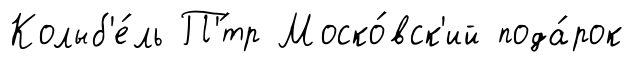
Колыб'е́ль П'́тр Моско́вск'ий пода́рок